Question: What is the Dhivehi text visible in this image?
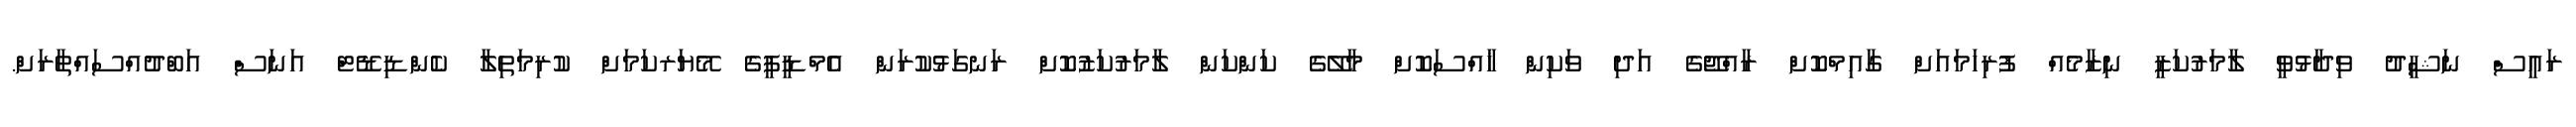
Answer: ރައީސް ނަޝީދު ވިދާޅުވީ ލާމަރުކަޒީ ނިޒާމެއް ފުރިހަމައަށް ގާއިމްކޮށް ރާއްޖޭގެ އަދި ވަކިން ޚާއްސަކޮށް މާލޭގެ ކަންކަން ލާމަރުކަޒުކޮށް ރަނގަޅުކުރަން އެމްޑީޕީގެ މޭޔަރކަމަށް ކުރިމަތިލާ ކެންޑިޑޭޓް އަނަސް އަބްދުއްސައްތާރަށް.